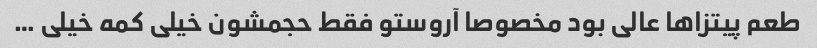
طعم پیتزاها عالی بود مخصوصا آروستو فقط حجمشون خیلی کمه خیلی …